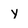
Character: y